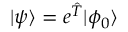
| \psi \rangle = e ^ { \hat { T } } | \phi _ { 0 } \rangle